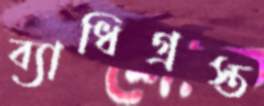
ব্যাধিগ্রস্ত